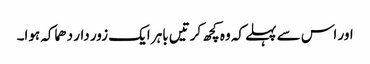
اور اس سے پہلے کہ وہ کچھ کرتیں باہر ایک زور دار دھماکہ ہوا۔